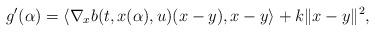
LaTeX: \begin{align*}g'(\alpha) = \langle \nabla_x b(t,x(\alpha),u)(x-y),x-y \rangle + k \| x-y \|^2 ,\end{align*}